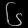
Digit: ၆